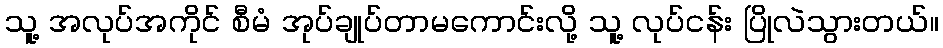
သူ့ အလုပ်အကိုင် စီမံ အုပ်ချုပ်တာမကောင်းလို့ သူ့ လုပ်ငန်း ပြိုလဲသွားတယ်။